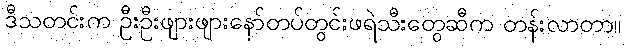
ဒီသတင်းက ဦးဦးဖျားဖျားနော်တပ်တွင်းဖရဲသီးတွေဆီက တန်းလာတာ။